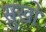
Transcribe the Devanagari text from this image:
सुखो